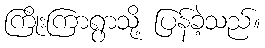
ကြိုးကြာရွာသို့ ပြန်ခဲ့သည်။